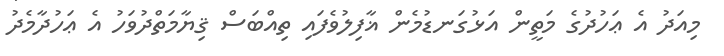
މިއަދު އެ ޢަހުދުގެ މަތީން އަޅުގަނޑުމެން ޣާފިލުވެފައި ތިއްބަސް ޤިޔާމަތްދުވަހު އެ ޢަހުދާމެދު